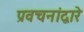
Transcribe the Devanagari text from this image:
प्रवचनांद्वारे